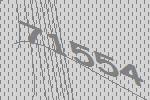
71554